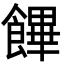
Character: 饆